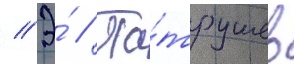
// Э́ // Па́трушев